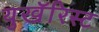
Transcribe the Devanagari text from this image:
युखॅरिस्ट